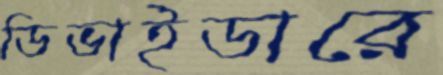
ডিভাইডারে